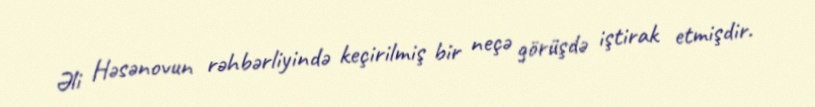
Əli Həsənovun rəhbərliyində keçirilmiş bir neçə görüşdə iştirak etmişdir.